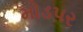
મોડપર